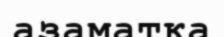
азаматқа